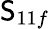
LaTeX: \mathsf{S}_{11f}